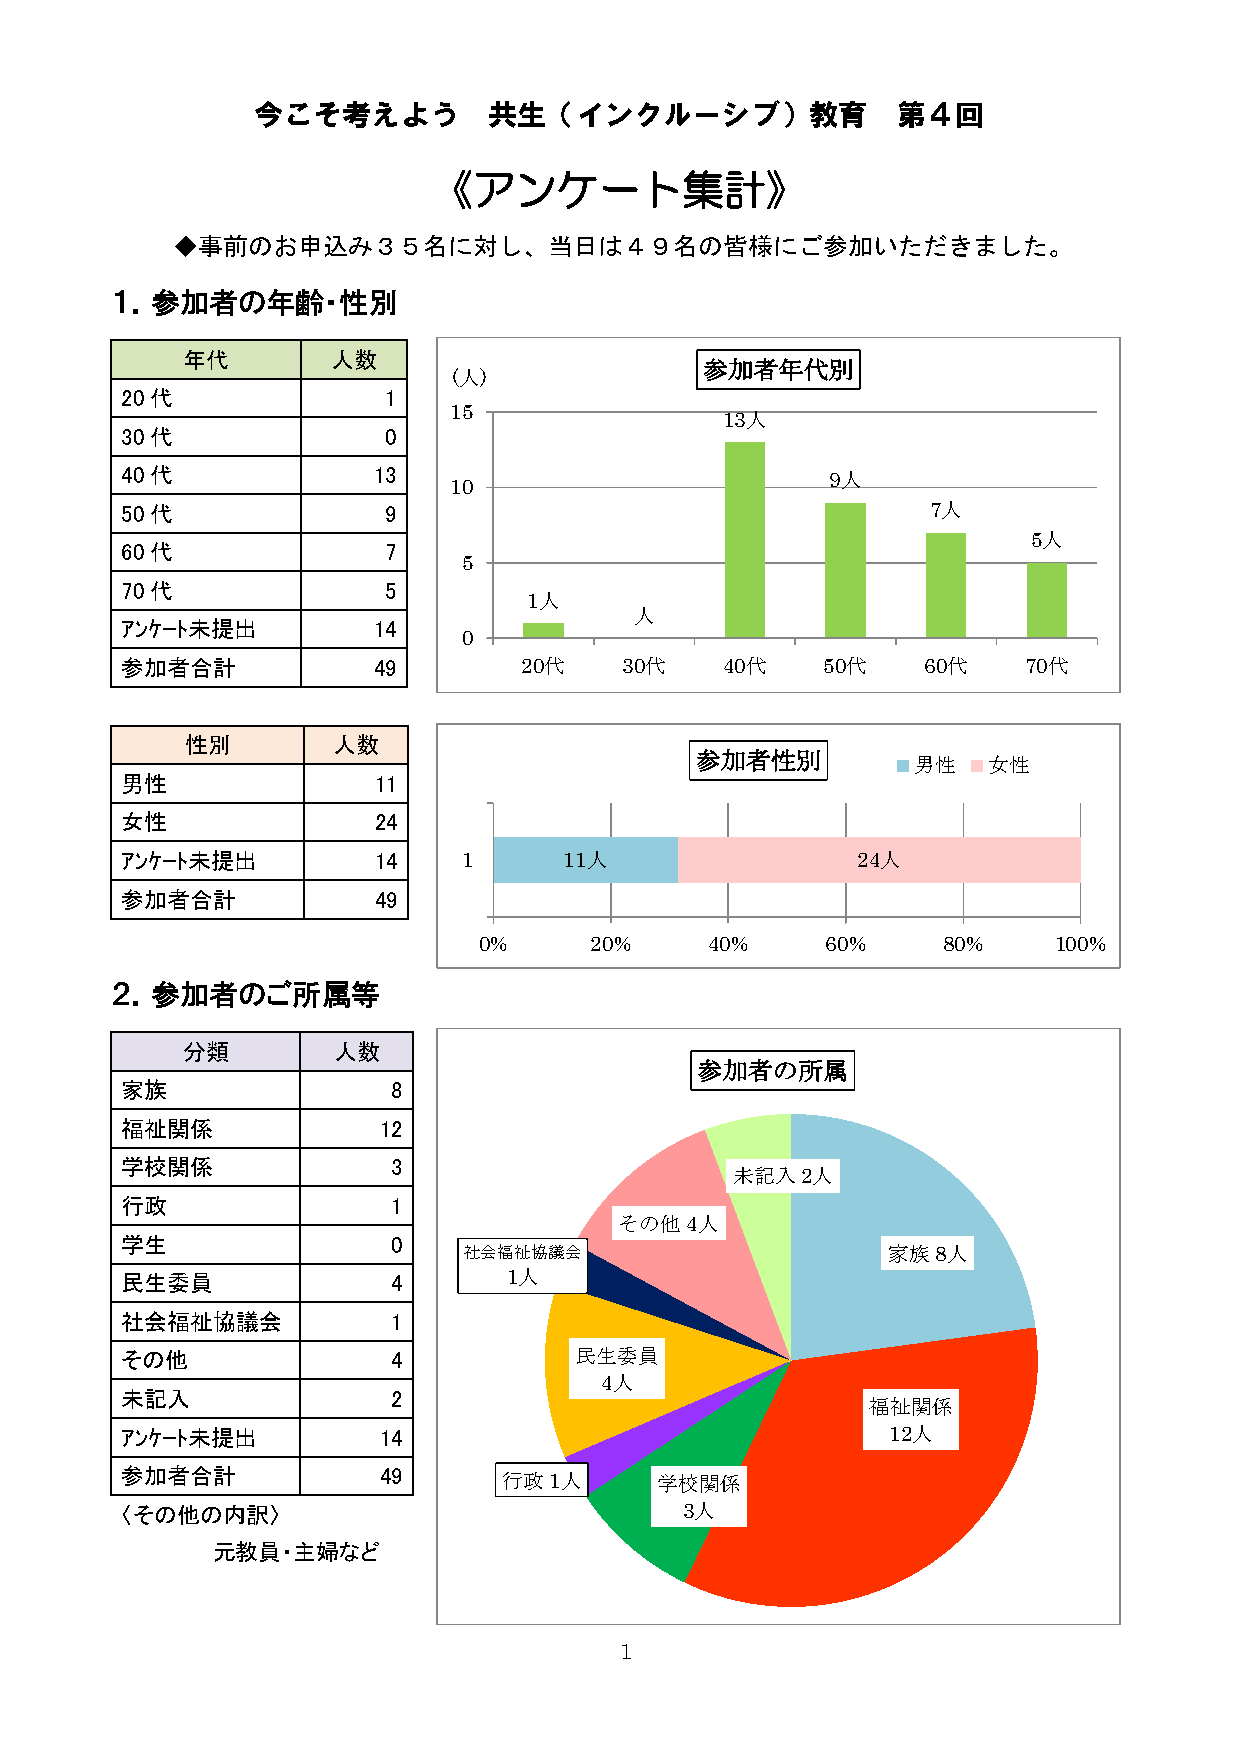
今こそ考えよう        共生（インクルーシブ）教育              第４回
 《アンケート集計》
 ◆事前のお申込み３５名に対し、当日は４９名の皆様にご参加いただきました。
 １．参加者の年齢・性別
 年代        人数
 参加者年代別
 (人)
 20代              1
 15
 13人
 30代              0
 40代              13                            9人
 10
 50代              9                                    7人
 5人
 60代              7
 5
 70代              5
 1人
 人
 ｱﾝｹｰﾄ未提出         14
 0
 参加者合計            49       20代    30代    40代   50代    60代    70代
 性別        人数
 参加者性別
 男性   女性
 男性               11
 女性               24
 ｱﾝｹｰﾄ未提出         14    1     11人                 24人
 参加者合計            49
 0%     20%     40%     60%    80%     100%
 ２．参加者のご所属等
 分類        人数
 参加者の所属
 家族                8
 福祉関係             12
 学校関係              3
 未記入  2人
 行政                1
 その他 4人
 学生                0
 社会福祉協議会                     家族 8人
 民生委員              4       1人
 社会福祉協議会           1
 その他               4           民生委員
 4人
 未記入               2
 福祉関係
 ｱﾝｹｰﾄ未提出         14                                12人
 参加者合計            49      行政 1人     学校関係
 〈その他の内訳〉                             3人
 元教員・主婦など
 1